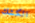
الكشك